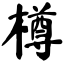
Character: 樽